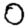
Digit: 0